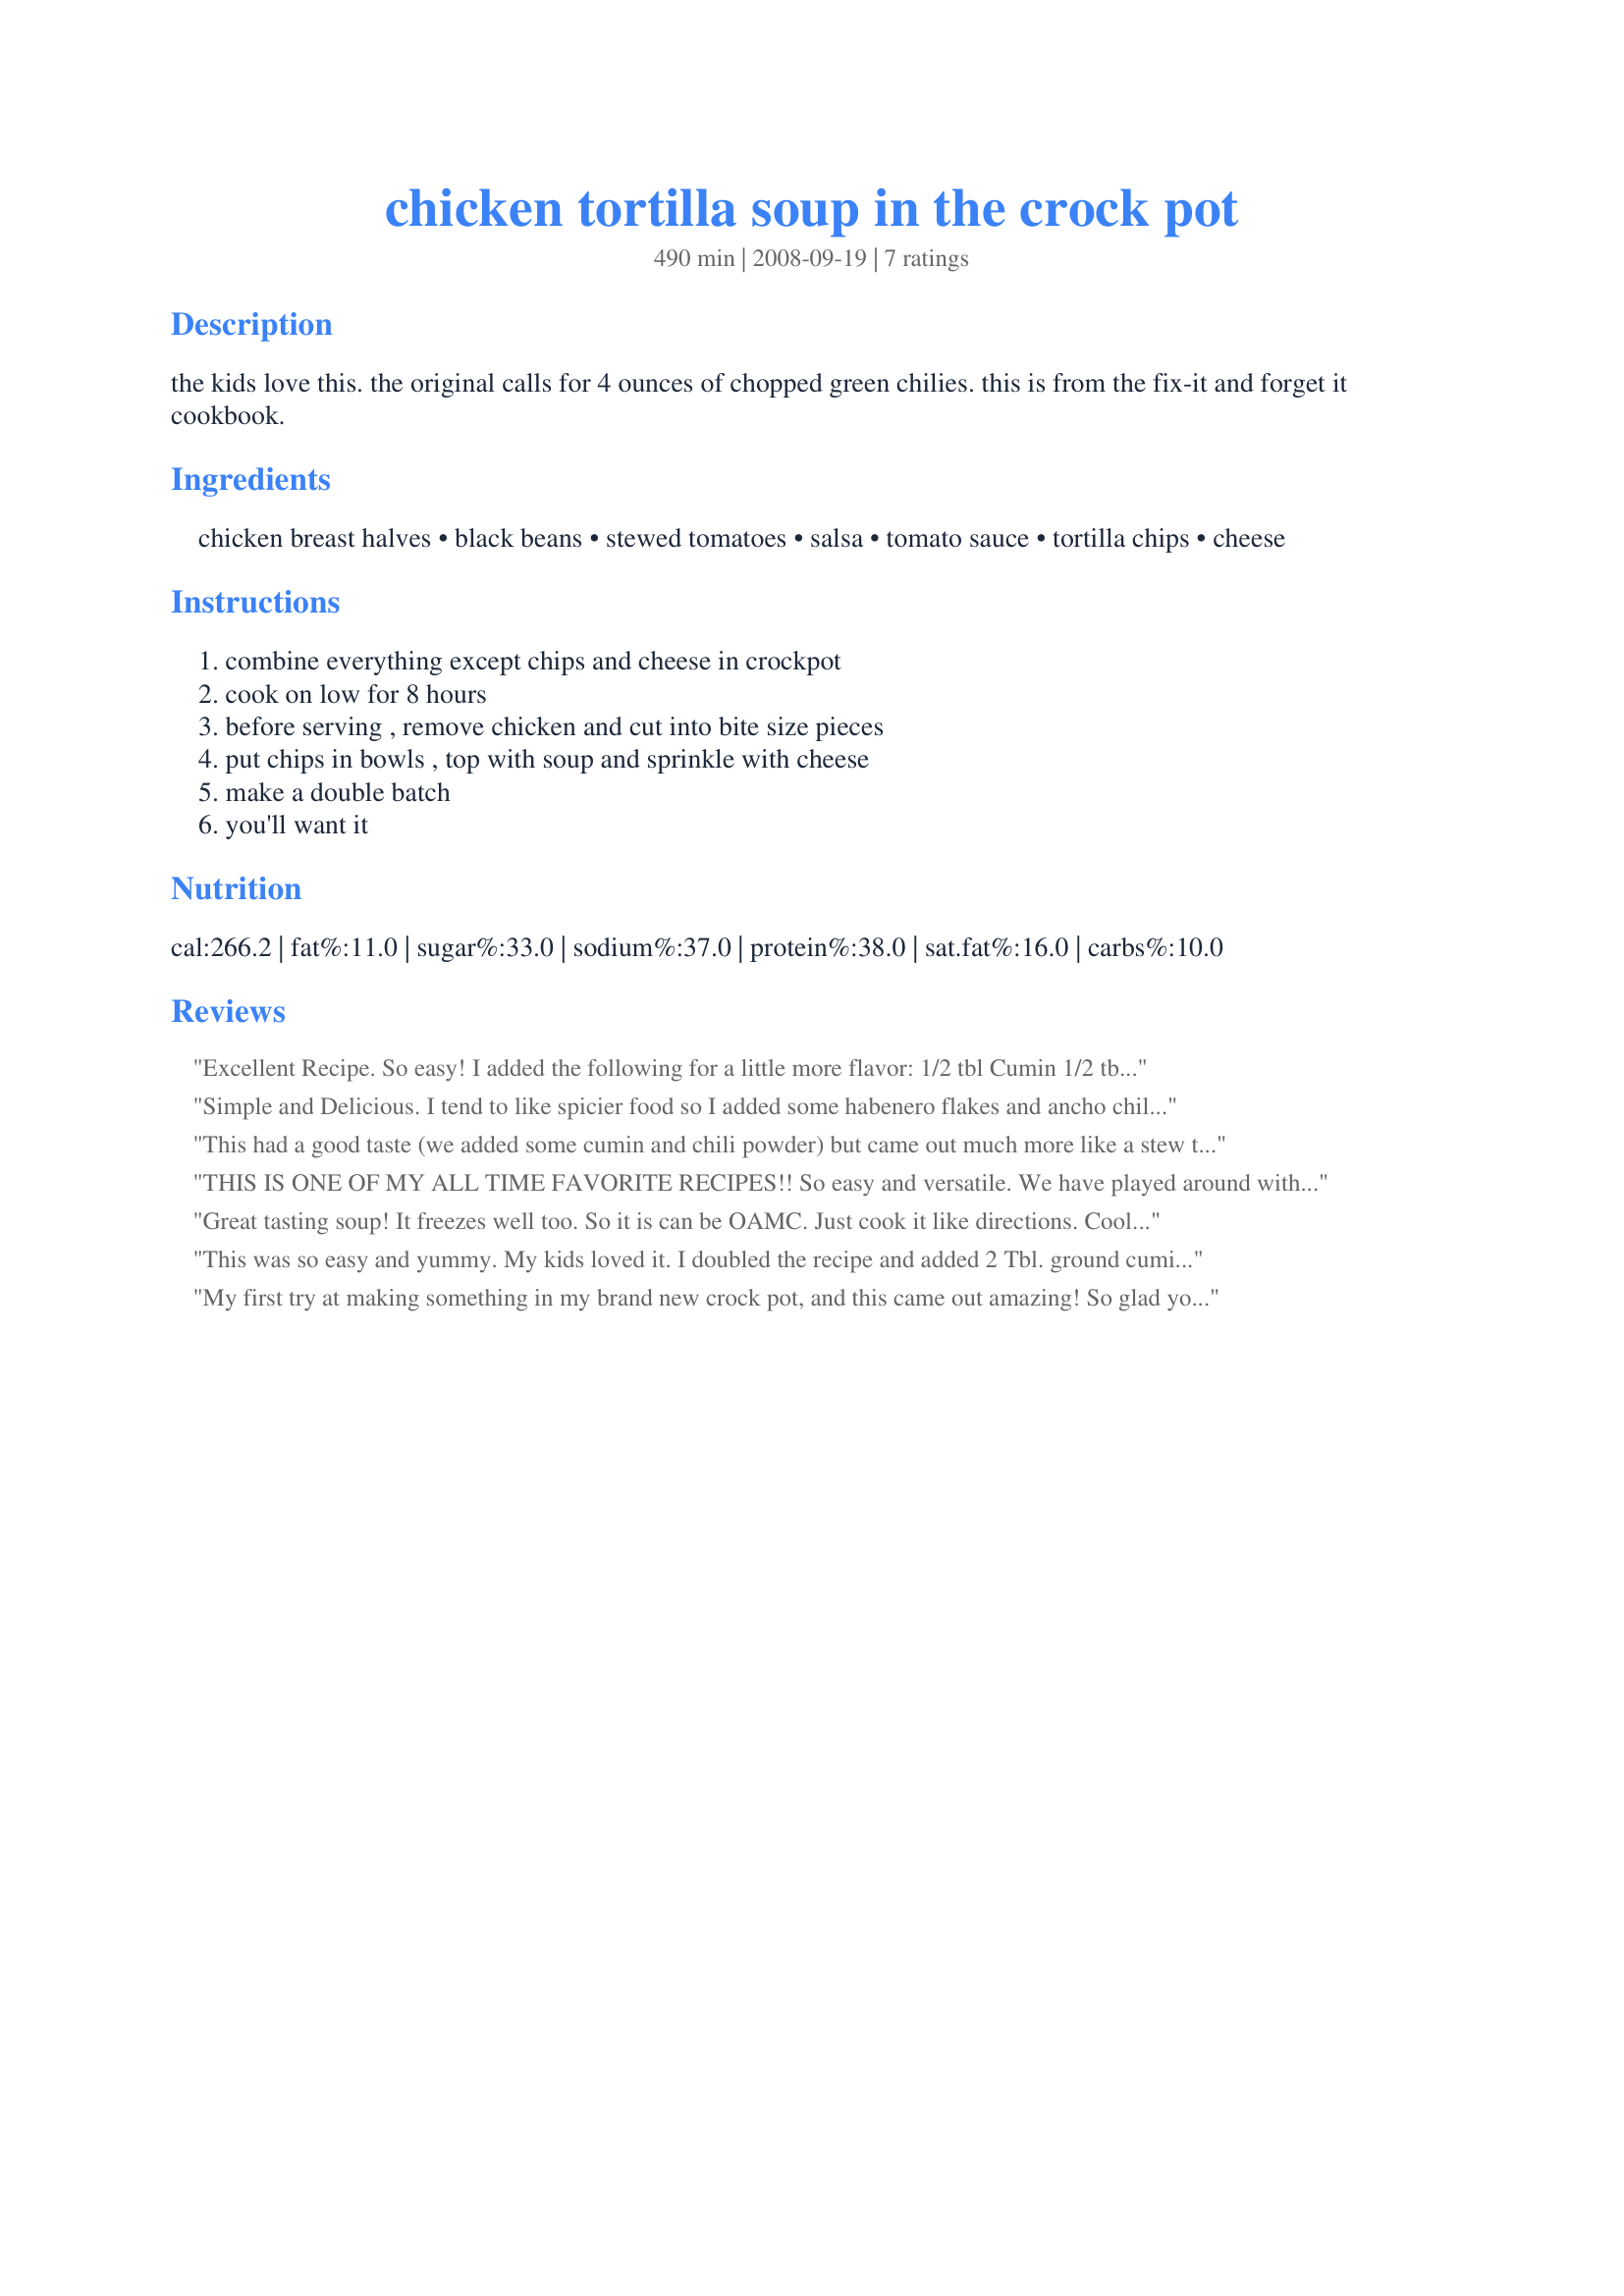
chicken tortilla soup in the crock pot
Preparation time: 490 minutes

the kids love this. the original calls for 4 ounces of chopped green chilies. this is from the fix-it and forget it cookbook.

Ingredients:
chicken breast halves, black beans, stewed tomatoes, salsa, tomato sauce, tortilla chips, cheese

Steps:
combine everything except chips and cheese in crockpot, cook on low for 8 hours, before serving , remove chicken and cut into bite size pieces, put chips in bowls , top with soup and sprinkle with cheese, make a double batch, you'll want it

Reviews:
Excellent Recipe. So easy! 

I added the following for a little more flavor:
1/2 tbl Cumin
1/2 tbl Chili Powder
1/2 tbl Black Pepper

Using Bush's Seasoned Black Beans is nice too.

Thanks!
Simple and Delicious. I tend to like spicier food so I added some habenero flakes and ancho chile powder and it came out excellent.
This had a good taste (we added some cumin and chili powder) but came out much more like a stew than a soup...there ended up being very little liquid in it. Still great, though!
THIS IS ONE OF MY ALL TIME FAVORITE RECIPES!! So easy and versatile. We have played around with the ingredients and the family likes it best without the green chillies, more black beans and lots of toppings. A++++++
Great tasting soup! It freezes well too. So it is can be OAMC. Just cook it like directions. Cool then put in zip lock bags and freeze. I then defrost in fridge and heat it up either in the microwave, stovetop or crock pot for 1 hour or so on hihg.
This was so easy and yummy. My kids loved it. I doubled the recipe and added 2 Tbl. ground cumin and 2 Tbl. chili powder.

Served it with tortilla chips, goldfish crackers, sour cream, and shredded cheese.

Loved the way the chicken turned out - very tender and moist and flavorful.
My first try at making something in my brand new crock pot, and this came out amazing! So glad you posted this.
